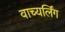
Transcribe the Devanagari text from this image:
वाच्यर्लिंग